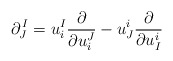
\begin{align*} \partial^{\,I}_J = u^I_i{\partial\over\partial u^J_i} - u^i_J{\partial\over\partial u^i_I}\end{align*}